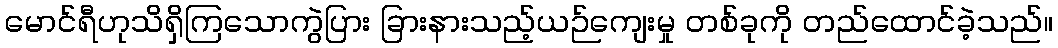
မောင်ရီဟုသိရှိကြသောကွဲပြား ခြားနားသည့်ယဉ်ကျေးမှု တစ်ခုကို တည်ထောင်ခဲ့သည်။